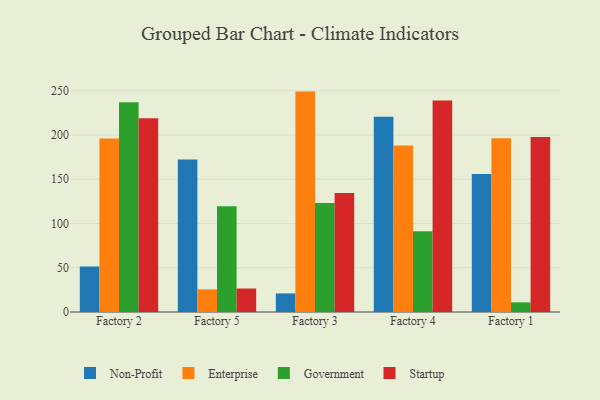
{"axis": {"x": "Factory", "y": "Conversion Rate (%)"}, "legend": ["Enterprise", "Government", "Non-Profit", "Startup"], "data": [{"x": "Factory 2", "y": 51.5, "type": "Non-Profit"}, {"x": "Factory 2", "y": 196.0, "type": "Enterprise"}, {"x": "Factory 2", "y": 236.9, "type": "Government"}, {"x": "Factory 2", "y": 218.9, "type": "Startup"}, {"x": "Factory 5", "y": 172.2, "type": "Non-Profit"}, {"x": "Factory 5", "y": 25.6, "type": "Enterprise"}, {"x": "Factory 5", "y": 119.4, "type": "Government"}, {"x": "Factory 5", "y": 26.5, "type": "Startup"}, {"x": "Factory 3", "y": 21.0, "type": "Non-Profit"}, {"x": "Factory 3", "y": 249.0, "type": "Enterprise"}, {"x": "Factory 3", "y": 123.1, "type": "Government"}, {"x": "Factory 3", "y": 134.5, "type": "Startup"}, {"x": "Factory 4", "y": 220.7, "type": "Non-Profit"}, {"x": "Factory 4", "y": 188.1, "type": "Enterprise"}, {"x": "Factory 4", "y": 91.1, "type": "Government"}, {"x": "Factory 4", "y": 238.9, "type": "Startup"}, {"x": "Factory 1", "y": 155.9, "type": "Non-Profit"}, {"x": "Factory 1", "y": 196.3, "type": "Enterprise"}, {"x": "Factory 1", "y": 10.9, "type": "Government"}, {"x": "Factory 1", "y": 197.6, "type": "Startup"}]}